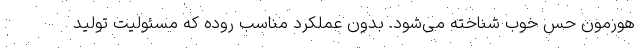
هورمون حس خوب شناخته می‌شود. بدون عملکرد مناسب روده که مسئولیت تولید